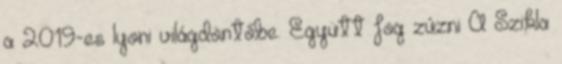
a 2019-es lyoni világdöntőbe. Együtt fog zúzni A Szikla